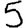
Digit: 5